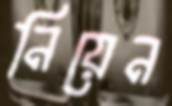
নিয়েন